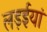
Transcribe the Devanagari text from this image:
लड़ईयां